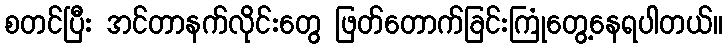
စတင်ပြီး အင်တာနက်လိုင်းတွေ ဖြတ်တောက်ခြင်းကြုံတွေ့နေရပါတယ်။